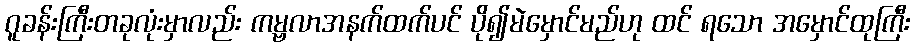
ဂူခန်းကြီးတခုလုံးမှာလည်း ကမ္ဗလာအနက်ထက်ပင် ပို၍မဲမှောင်မည်ဟု ထင် ရသော အမှောင်ထုကြီး